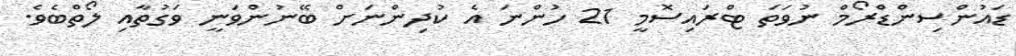
ޑައުންސިންޑްރޯމް ނުވަތަ ޓްރައިސޮމީ 21 ހުންނަ އެ ކުދިންނަށް ބޭނުންވަނީ ވަގުތާއި ލޯތްބެވެ.